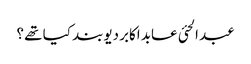
عبد الحئی عابد اکابر دیوبند کیا تھے ؟